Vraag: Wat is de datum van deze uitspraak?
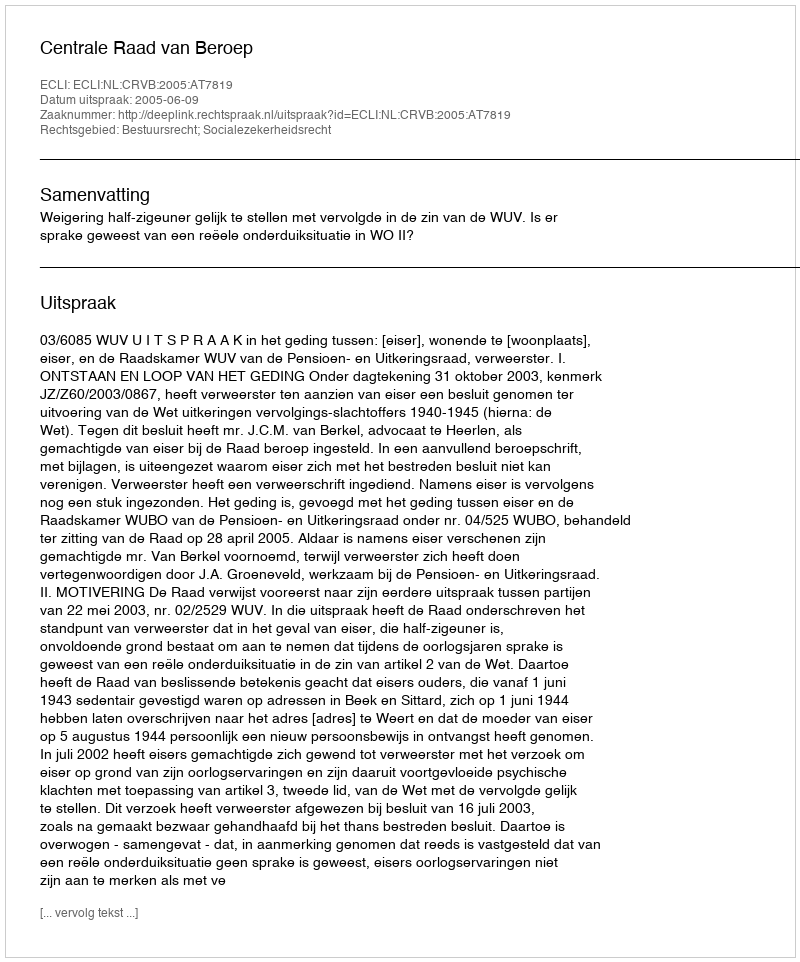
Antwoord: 2005-06-09